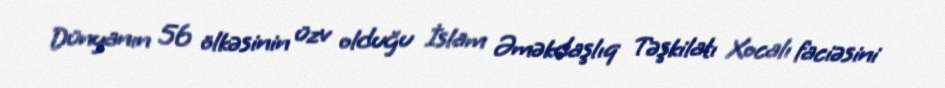
Dünyanın 56 ölkəsinin üzv olduğu İslam Əməkdaşlıq Təşkilatı Xocalı faciəsini